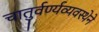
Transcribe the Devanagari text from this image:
चातुर्वर्ण्यव्यवस्थेने